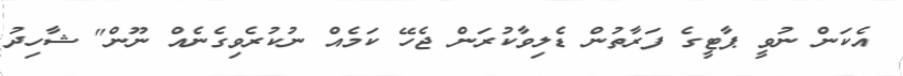
އެކަން ނުވީ ޕާޓީގެ ފަރާތުން ޑެލިވާކުރަން ޖެހޭ ކަމެއް ނުކުރެވިގެނެއް ނޫން" ޝާހިދު